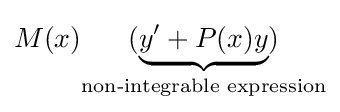
M(x){\underset {\text{non-integrable expression}}{(\underbrace {y'+P(x)y} )}}